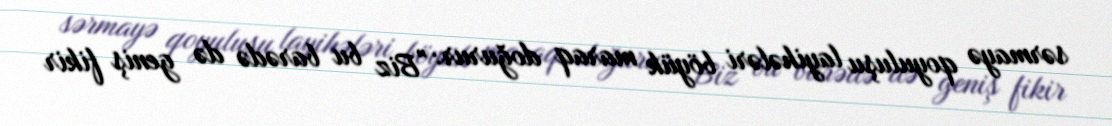
sərmayə qoyuluşu layihələri böyük maraq doğurur: "Biz bu barədə də geniş fikir